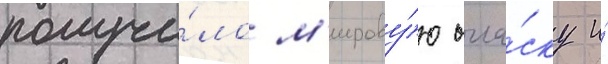
получи́ло м'ирову́ю огла́ску и́